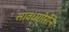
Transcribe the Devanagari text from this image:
सावधगीरीने